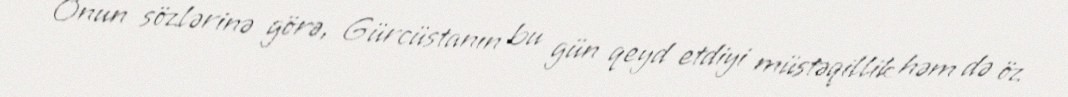
Onun sözlərinə görə, Gürcüstanın bu gün qeyd etdiyi müstəqillik həm də öz